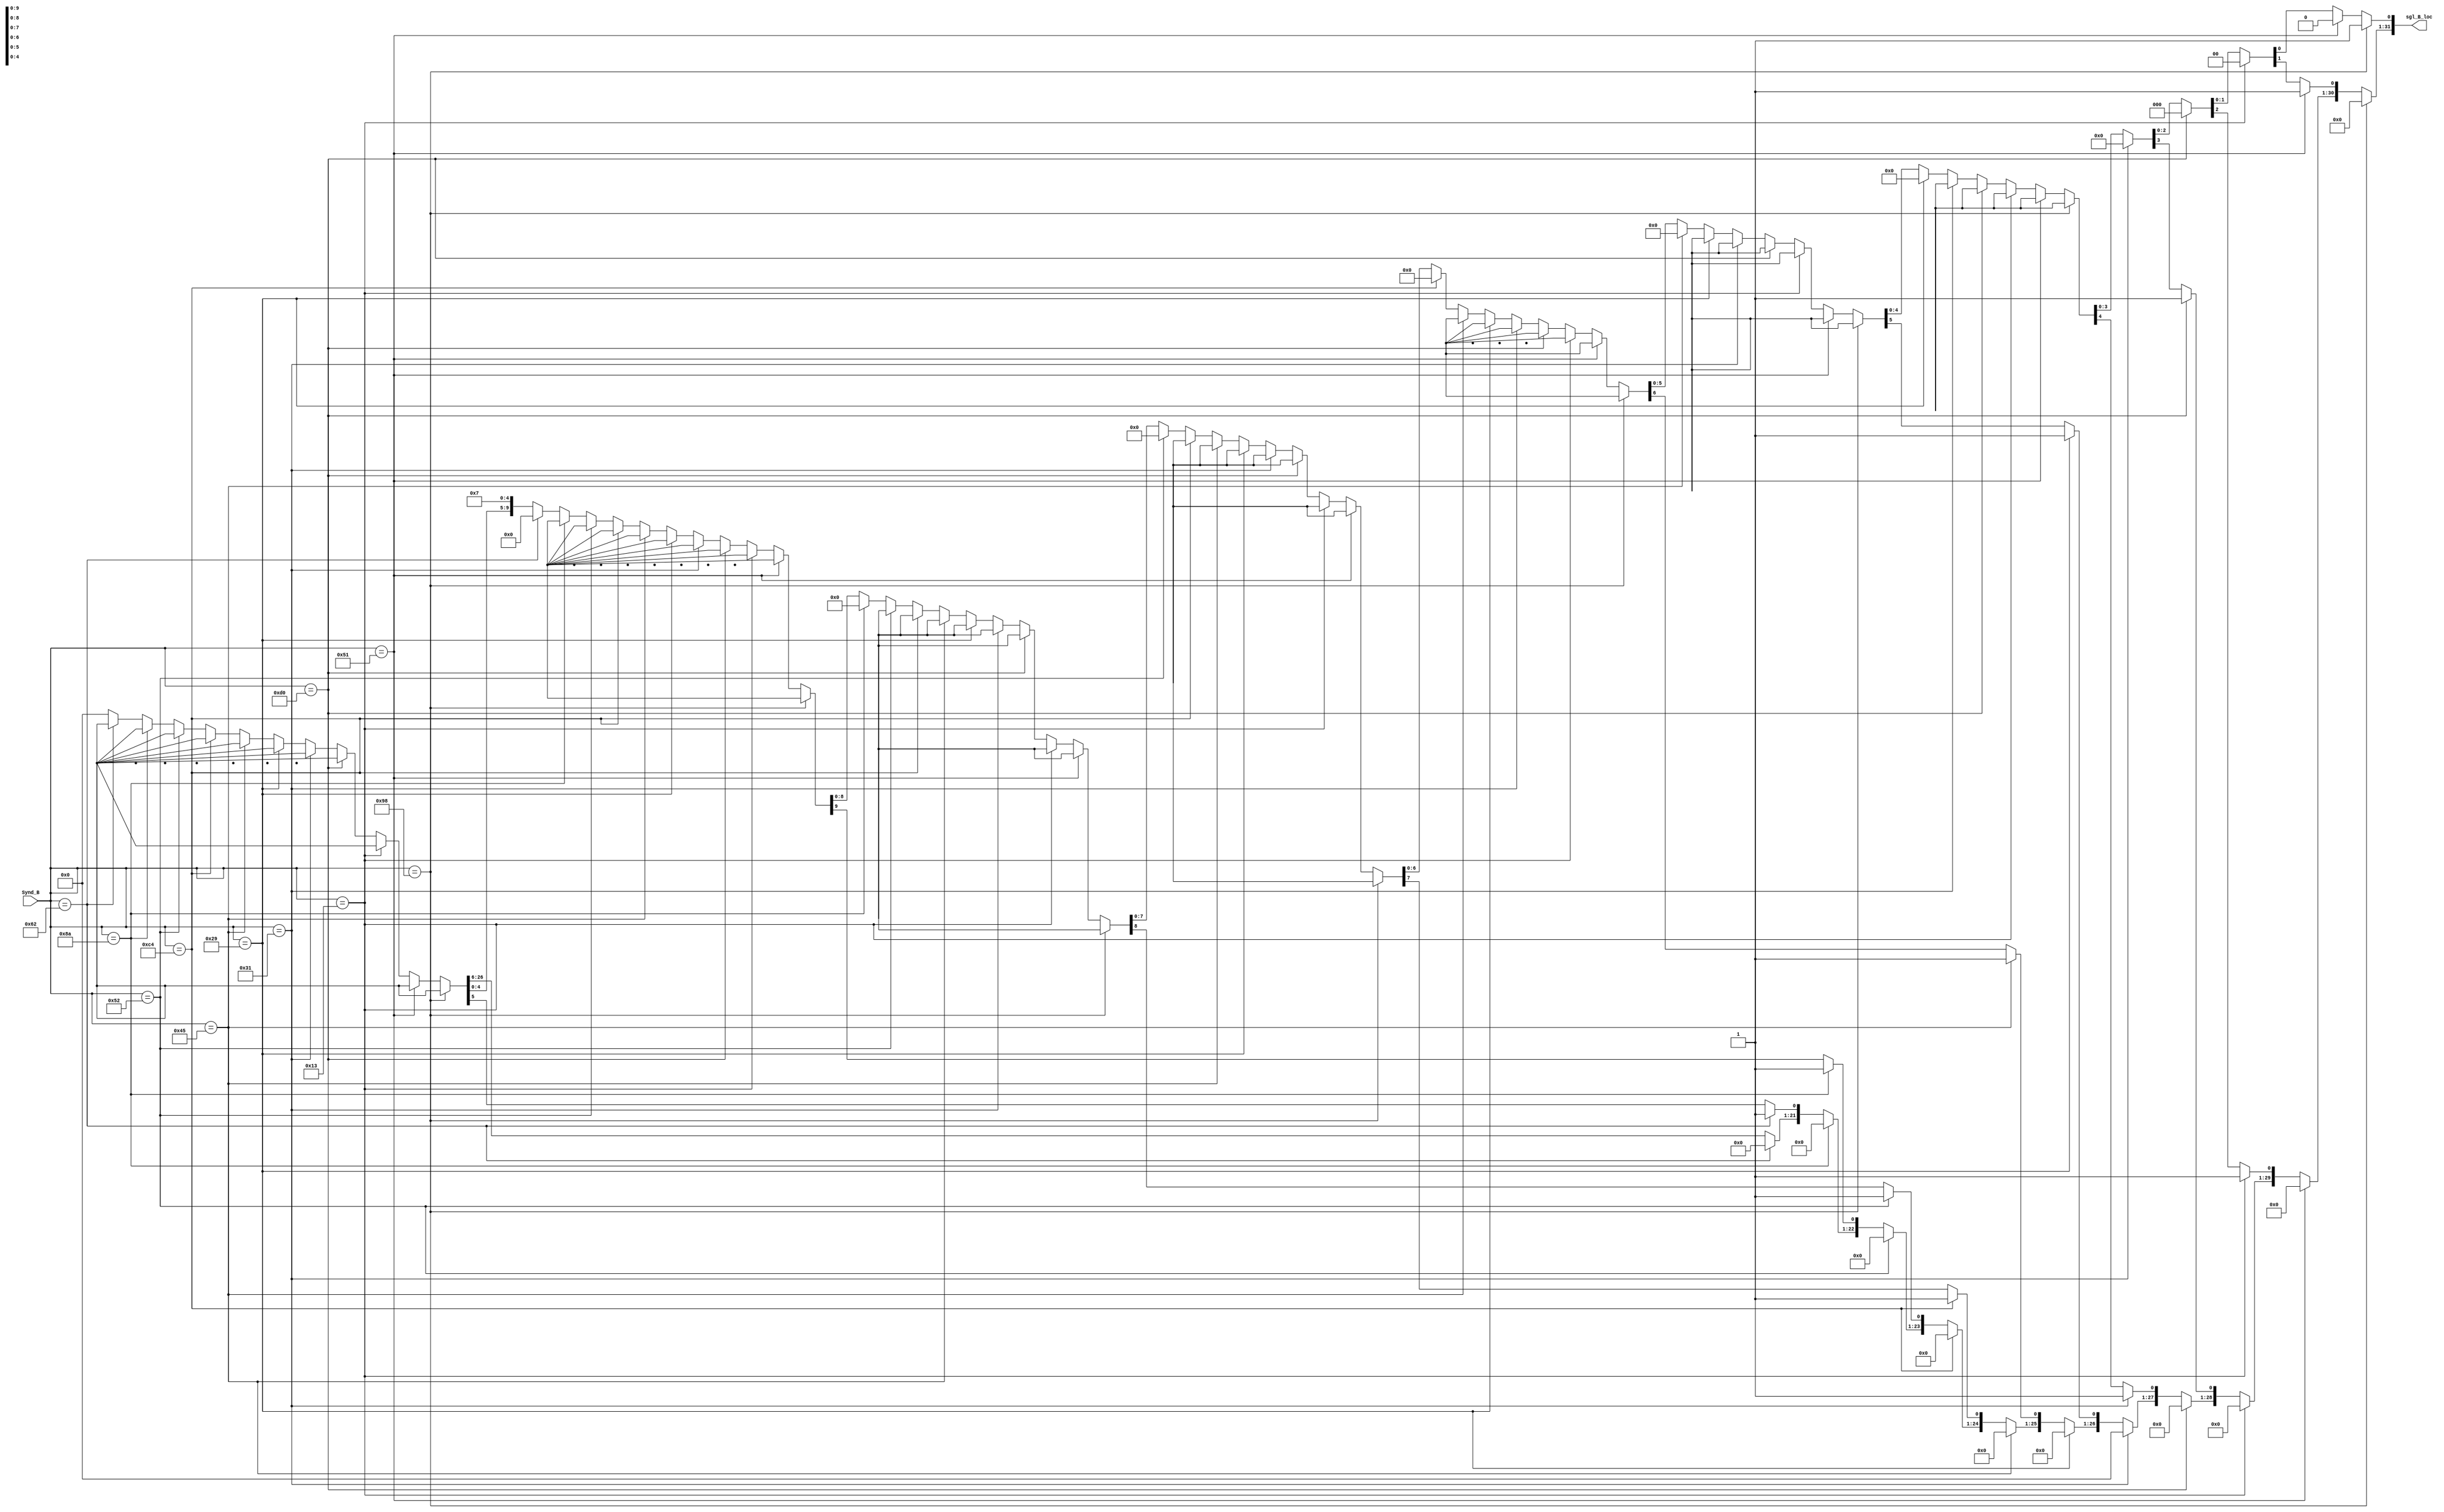
module Decode_B(
    input [7:0] Synd_B,
    output reg [31:0] sgl_B_loc 

);

always @(*)
     begin
     sgl_B_loc=0;

     if (Synd_B == 0)
        begin
        end 
     if (Synd_B == 152)
        begin
        sgl_B_loc[0]=1;
        end 
     else if (Synd_B==81)
        begin
        sgl_B_loc[1]=1;
        end   
     else if (Synd_B==19)
        begin
        sgl_B_loc[2]=1;
        end 
     else if (Synd_B==208)
        begin
        sgl_B_loc[3]=1;
        end 
     else if (Synd_B==49)
        begin
        sgl_B_loc[4]=1;
        end 
     else if (Synd_B==41)
        begin
        sgl_B_loc[5]=1;
        end 
     else if (Synd_B==69)
        begin
        sgl_B_loc[6]=1;
        end 
     else if (Synd_B==196)
        begin
        sgl_B_loc[7]=1;
        end 
     else if (Synd_B==82)
        begin
        sgl_B_loc[8]=1;
        end 
     else if (Synd_B==138)
        begin
        sgl_B_loc[9]=1;
        end 
     else if (Synd_B==98)
        begin
        sgl_B_loc[10]=1;
        end 
     else if (Synd_B==49)
        begin
        sgl_B_loc[4]=1;
        end 
     else if (Synd_B==49)
        begin
        sgl_B_loc[4]=1;
        end 
     else if (Synd_B==49)
        begin
        sgl_B_loc[4]=1;
        end 
     else if (Synd_B==49)
        begin
        sgl_B_loc[4]=1;
        end 
     else if (Synd_B==49)
        begin
        sgl_B_loc[4]=1;
        end 
     else if (Synd_B==49)
        begin
        sgl_B_loc[4]=1;
        end 
     else if (Synd_B==49)
        begin
        sgl_B_loc[4]=1;
        end 
     else if (Synd_B==49)
        begin
        sgl_B_loc[4]=1;
        end 
     else if (Synd_B==49)
        begin
        sgl_B_loc[4]=1;
        end 
     else if (Synd_B==49)
        begin
        sgl_B_loc[4]=1;
        end 
     else 
       begin
       sgl_B_loc = 4'b0111;
       end
     end
endmodule